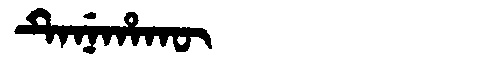
Manchu: ᡨᡝᠨᡝᡥᠠᡴᡡ
Romanization: TENEHAKŪ